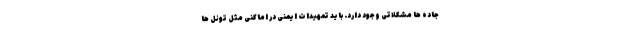
جاده ها مشکلاتی وجود دارد. باید تمهیدات ایمنی در اماکنی مثل تونل ها